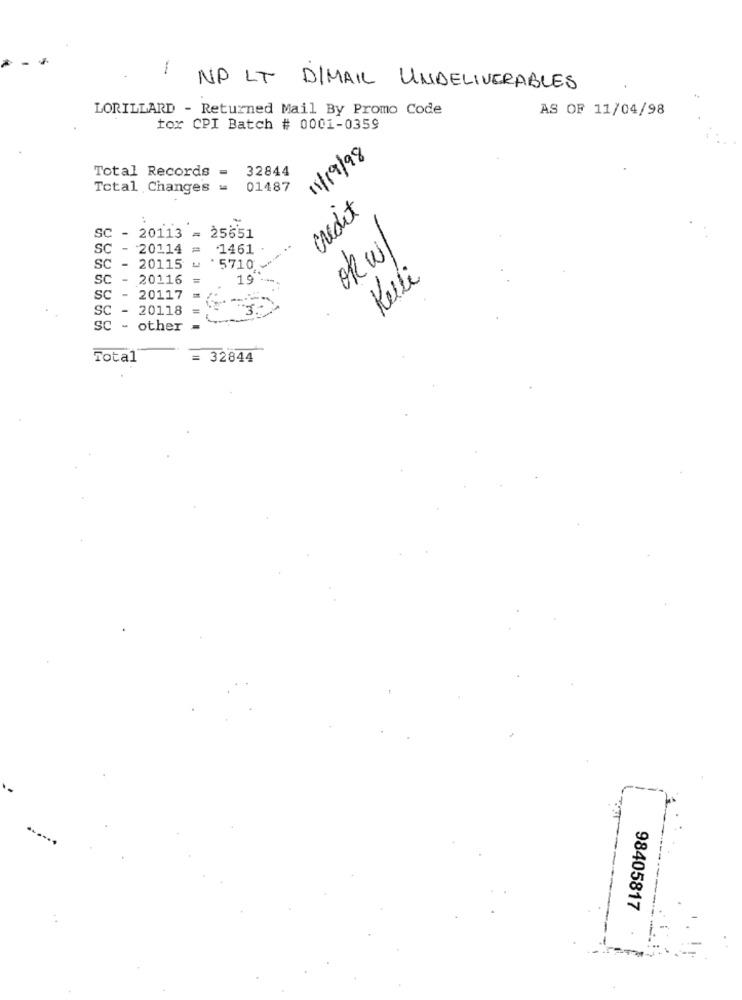
1
NO LT DIMAIL UNDELIVERABLES
LORILLARD - Returned Mail By Promo Code
AS OF 11/04/98
tor CPI Batch # 0001-0359
11/19/98
Total Records =
32844
Total Changes =
01487
credit
SC - 20113 = 25651
SC - 20114 = 1461
ok w
SC - 20115
.5710
SC - 20116
19
Kuli
SC - 20117
SC -
20118
1 m
SC - other
Total
= 32844
98405817